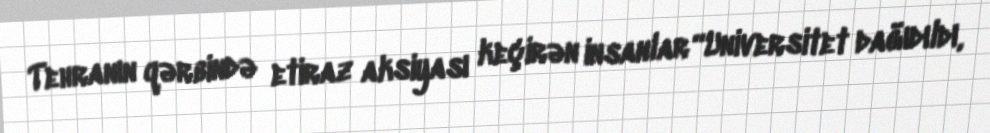
Tehranın qərbində etiraz aksiyası keçirən insanlar “Universitet dağıdıldı,